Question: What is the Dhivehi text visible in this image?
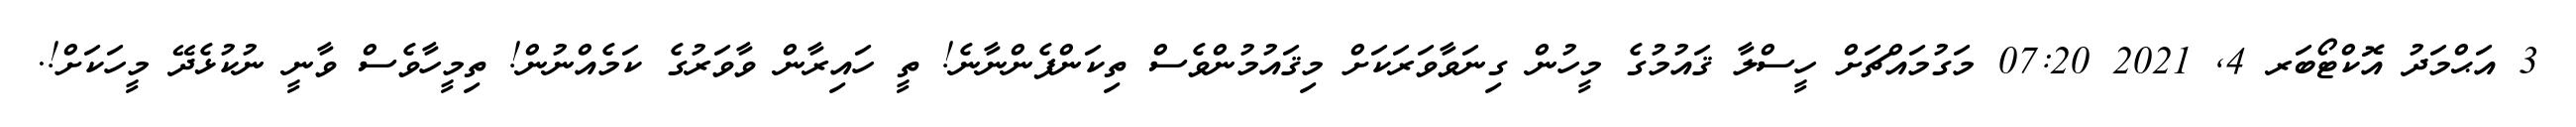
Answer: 3 އަޙްމަދު އޮކްޓޯބަރ 4, 2021 07:20 މަގުމައްޗަށް ހީސްލާ ޤައުމުގެ މީހުން ގިނަވާވަރަކަށް މިޤައުމުންވެސް ތިކަންފެންނާނެ! ތީ ހައިރާން ވާވަރުގެ ކަމެއްނުން! ތިމީހާވެސް ވާނީ ނުކުޅެދޭ މީހަކަށް!.